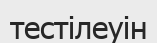
тестілеуін